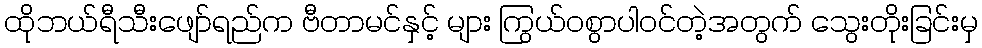
ထိုဘယ်ရီသီးဖျော်ရည်က ဗီတာမင်နှင့် များ ကြွယ်ဝစွာပါဝင်တဲ့အတွက် သွေးတိုးခြင်းမှ